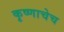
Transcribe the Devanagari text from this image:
कृष्णाचेच